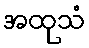
အထုသံ